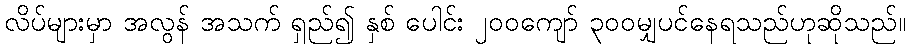
လိပ်များမှာ အလွန် အသက် ရှည်၍ နှစ် ပေါင်း ၂၀၀ကျော် ၃၀၀မျှပင်နေရသည်ဟုဆိုသည်။